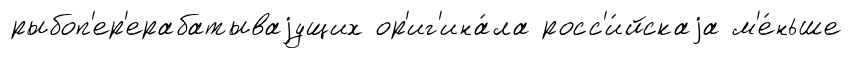
рыбоп'ер'ерабатываjущих ор'иг'ина́ла росс'и́йскаjа м'е́ньше